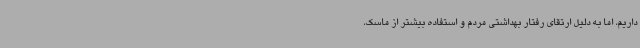
داریم، اما به دلیل ارتقای رفتار بهداشتی مردم و استفاده بیشتر از ماسک،